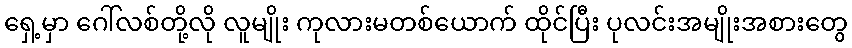
ရှေ့မှာ ဂေါ်လစ်တို့လို လူမျိုး ကုလားမတစ်ယောက် ထိုင်ပြီး ပုလင်းအမျိုးအစားတွေ